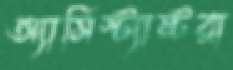
অ্যাসিস্ট্যান্টরা